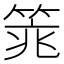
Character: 𱸉